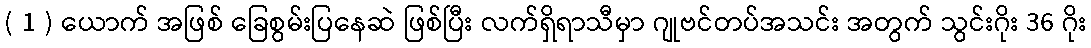
( 1 ) ယောက် အဖြစ် ခြေစွမ်းပြနေဆဲ ဖြစ်ပြီး လက်ရှိရာသီမှာ ဂျုဗင်တပ်အသင်း အတွက် သွင်းဂိုး 36 ဂိုး